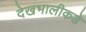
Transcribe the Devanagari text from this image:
देखभालीकडे